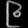
Digit: ၉